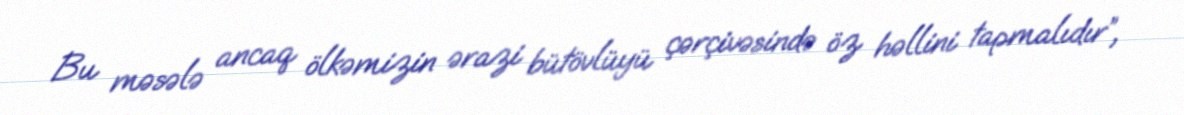
Bu məsələ ancaq ölkəmizin ərazi bütövlüyü çərçivəsində öz həllini tapmalıdır”,